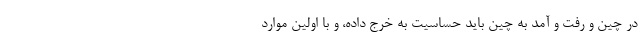
در چین و رفت و آمد به چین باید حساسیت به خرج داده، و با اولین موارد